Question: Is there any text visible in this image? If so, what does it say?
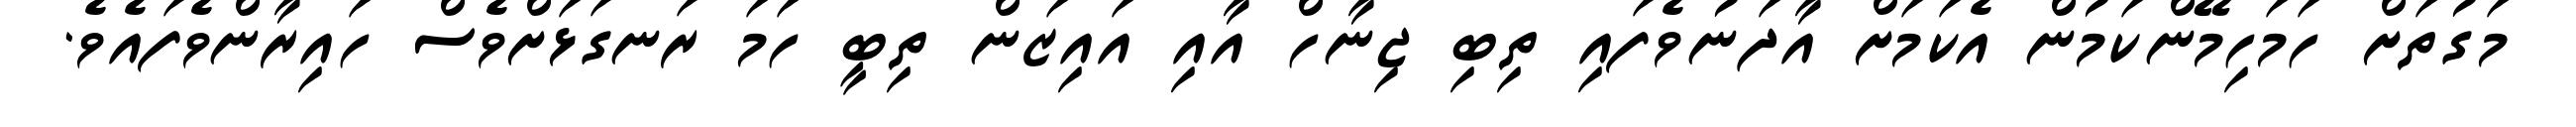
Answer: މަގުތަށް ހަމަހިމޭންކަމުން އެކަމަށް އާދަނުވެފައި ތިބި ޖިނާހް އާއި އައިޒަން ތިބީ ހަމަ ރަނގަޅަށްވެސް ހައިރާންވެފައެވެ.